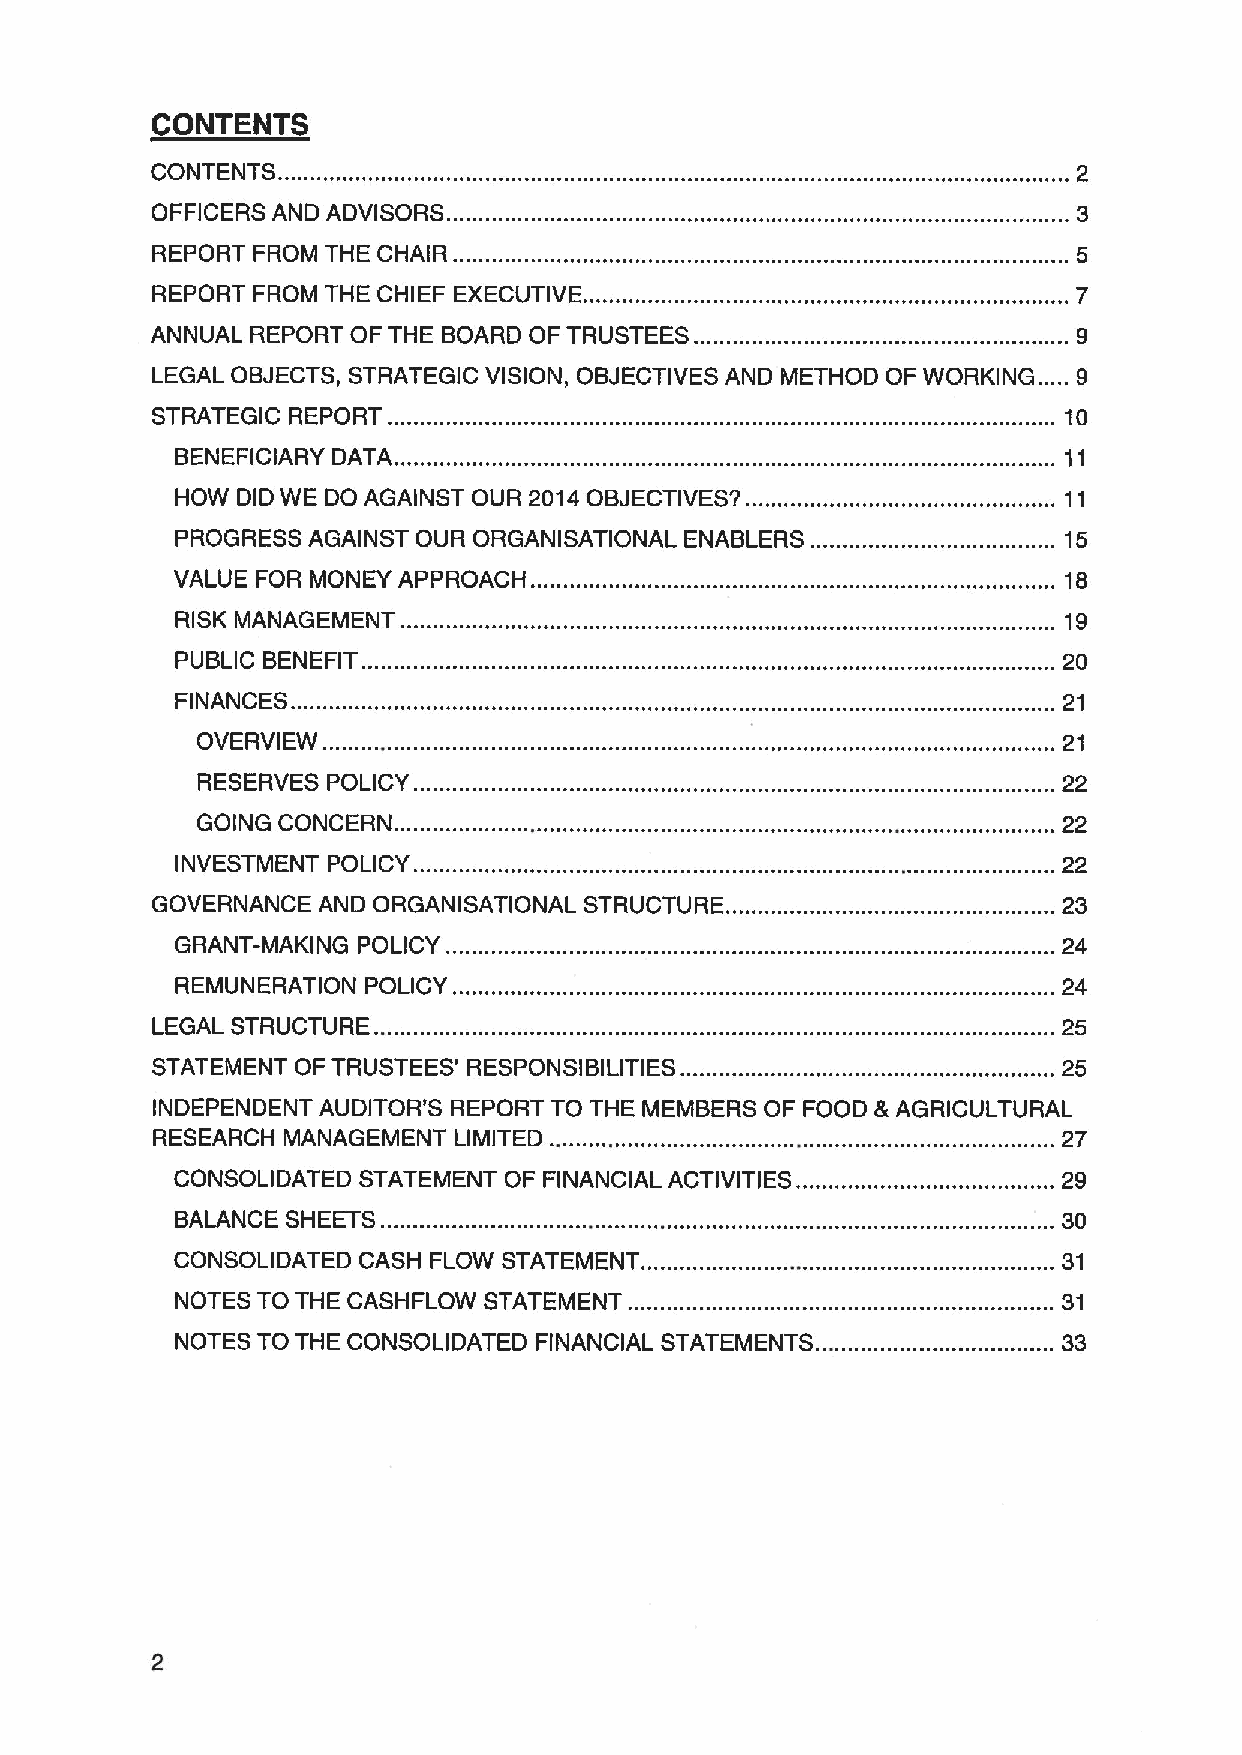
CONTENTS
 CONTENTS.
 OFFICERS AND ADVISORS.
 REPORT FROM THE CHAIR ..
 REPORT FROM THE CHIEF EXECUTIVE
 ANNUAL REPORT OF THE BOARD OF TRUSTEES.
 LEGAL OBJECTS, STRATEGIC VISION, OBJECTIVES AND METHOD OF WORKING. ....9
 STRATEGIC REPORT.            ......................................................................... 10
 BENEFICIARY DATA.
 HOW DID WE DO AGAINST OUR 2014OBJECTIVES?.
 PROGRESS AGAINST OUR ORGANISATIONAL ENABLERS ....        ... 15
 VALUE FOR MONEY APPROACH.                                 . 18
 RISK MANAGEMENT                                          ... 19
 PUBLIC BENEFIT.                                          ...20
 FINANCES.                                                 21
 OVERVIEW.                                                21
 RESERVES POLICY                                          22
 GOING CONCERN.                                           22
 INVESTMENT POLICY                                        ...22
 GOVERNANCE AND ORGANISATIONAL STRUCTURE                     23
 GRANT-MAKING POLICY.                                      24
 REMUNERATION POLICY                                       24
 LEGAL STRUCTURE                                             25
 STATEMENT OF TRUSTEES' RESPONSIBILITIES ..                  .25
 INDEPENDENT AUDITOR'S REPORT TO THE MEMBERS OF FOOD 8 AGRICULTURAL
 RESEARCH MANAGEMENT LIMITED ..                              27
 CONSOLIDATED STATEMENT OF FINANCIAL ACTIVITIES ....      ...29
 BALANCE SHEETS..                                         ...30
 CONSOLIDATED CASH FLOW STATEMENT .......................... ...31
 NOTES TO THE CASHFLOW STATEMENT.                          31
 NOTES TO THE CONSOLIDATED FINANCIAL STATEMENTS. .. .     ...33